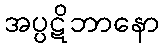
အပ္ပဋိဘာနော